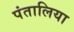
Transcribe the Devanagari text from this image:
पंतालिया